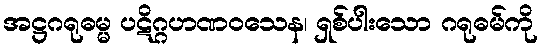
အဋ္ဌဂရုဓမ္မ ပဋိဂ္ဂဟဏဝသေန၊ ရှစ်ပါးသော ဂရုဓမ်ကို